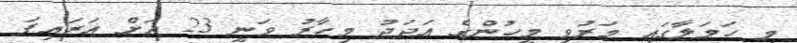
މި ހަމަލާގައި މަރުވި މީހުންގެ އަދަދު މިހާރު ވަނީ 23 އަށް އަރައިފަ